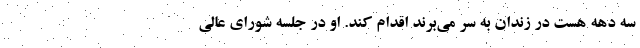
سه دهه هست در زندان به سر می‌برند اقدام کند. او در جلسه شورای عالی